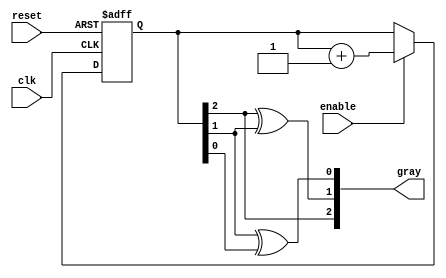
module gray_code_counter (
    input wire clk,          // Clock input
    input wire reset,        // Asynchronous reset
    input wire enable,       // Enable counting
    output reg [2:0] gray   // 3-bit Gray code output (you can adjust the width based on your requirement)
);

// Internal variable to hold the binary count
reg [2:0] binary_count;

// Function to convert binary to Gray code
function [2:0] binary_to_gray(input [2:0] binary);
    begin
        binary_to_gray[2] = binary[2];                // G2 = B2
        binary_to_gray[1] = binary[2] ^ binary[1];   // G1 = B2 ^ B1
        binary_to_gray[0] = binary[1] ^ binary[0];    // G0 = B1 ^ B0
    end
endfunction

// Sequential logic block
always @(posedge clk or posedge reset) begin
    if (reset) begin
        binary_count <= 3'b000; // Reset binary count to 0
    end else if (enable) begin
        binary_count <= binary_count + 1; // Increment binary count
    end
end

// Update Gray code output based on binary count
always @(binary_count) begin
    gray <= binary_to_gray(binary_count);
end

endmodule